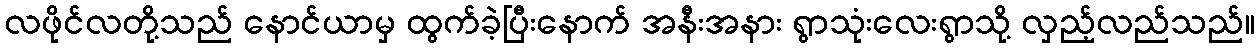
လဖိုင်လတို့သည် နောင်ယာမှ ထွက်ခဲ့ပြီးနောက် အနီးအနား ရွာသုံးလေးရွာသို့ လှည့်လည်သည်။